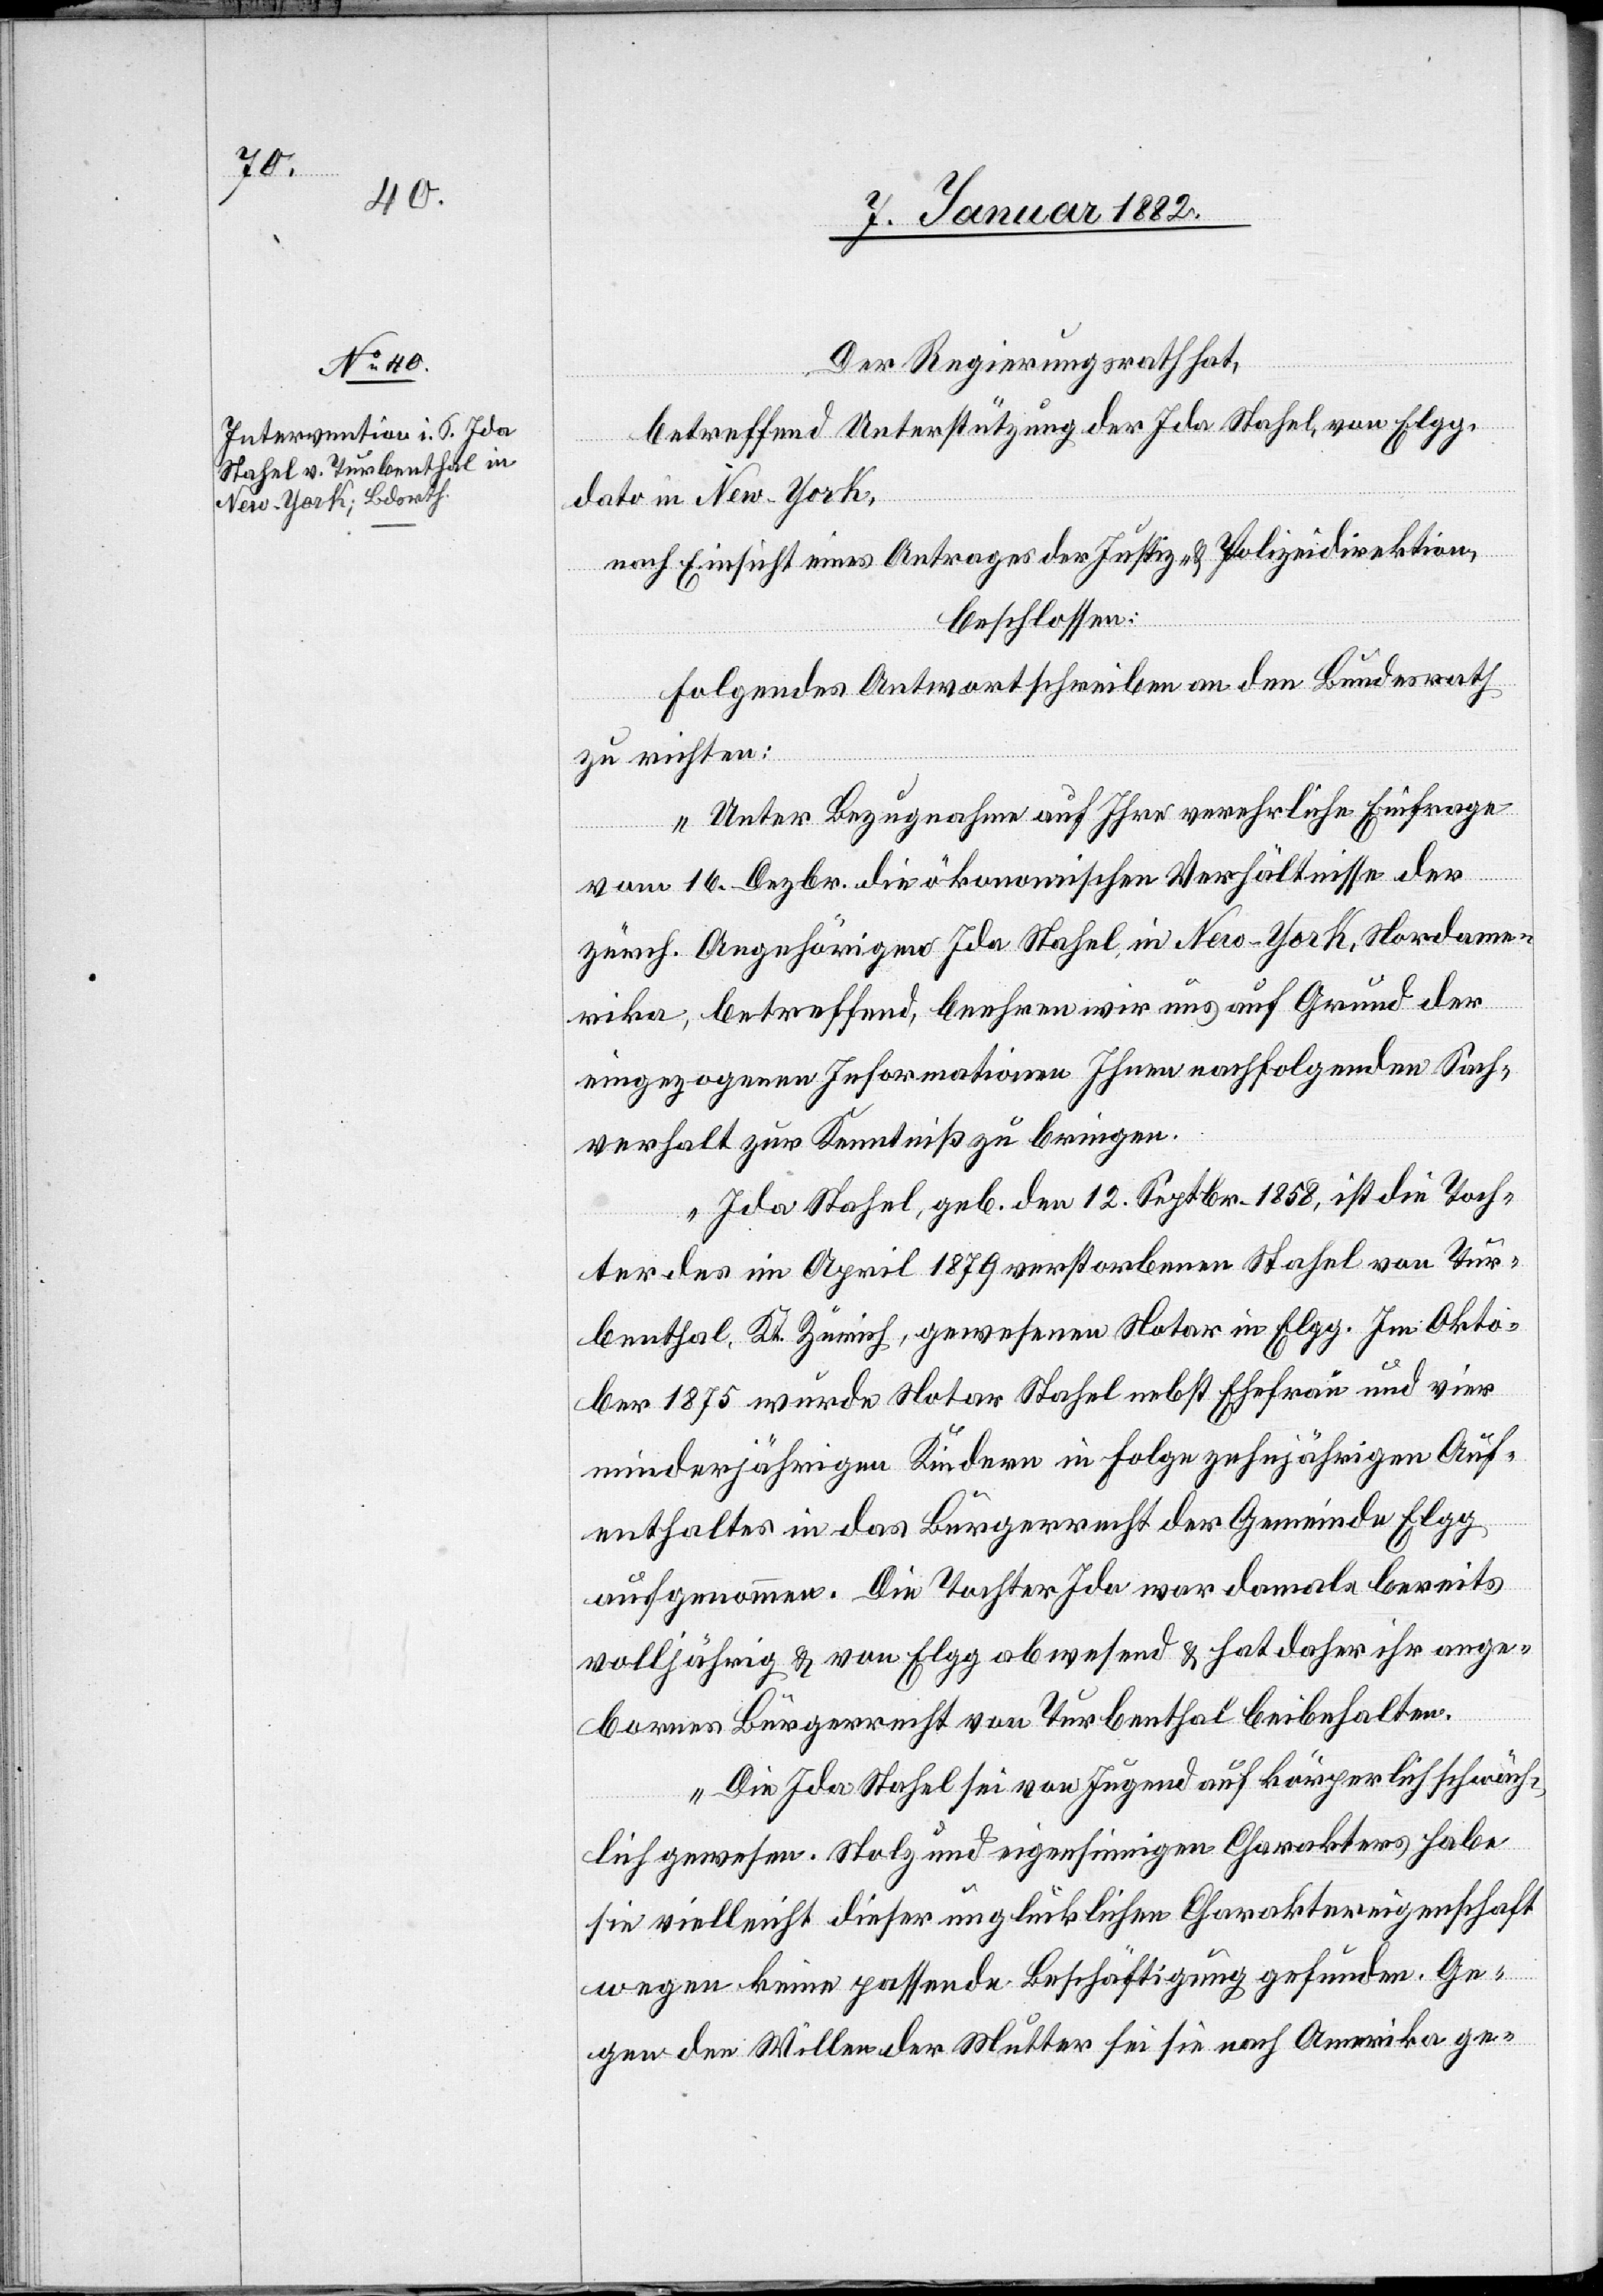
10. Januar 1882.]
Der Regierungsrath hat,
betreffend Unterstützung der Ida Stahel, von Elgg,
dato in New-York,
nach Einsicht eines Antrages der Justiz- & Polizeidirektion,
beschlossen:
Folgendes Antwortschreiben an den Bundesrath
zu richten:
„Unter Bezugnahme auf Ihre verehrliche Einfrage
vom 16. Dezbr. die ökonomischen Verhältnisse der
zürch. Angehörigen Ida Stahel in New-York, Nordame¬
rika, betreffend, beehren wir uns auf Grund der
eigezogenen Informationen Ihnen nachfolgenden Sach¬
verhalt zur Kenntniß zu bringen.
Ida Stahel, geb. den 12. Septbr. 1858, ist die Toch¬
ter des im April 1879 verstorbenen Stahel von Tur¬
benthal, Kt. Zürich, gewesenen Notar in Elgg. Im Okto¬
ber 1875 wurde Notar Stahel nebst Ehefrau und vier
minderjährigen Kindern in Folge zehnjährigen Auf¬
enthaltes in das Bürgerrecht der Gemeinde Elgg
aufgenommen. Die Tochter Ida war damals bereits
volljährig & von Elgg abwesend & hat daher ihr ange¬
bornes Bürgerrecht von Turbenthal beibehalten.
Die Ida Stahel sei von Jugend auf körperlich schwäch¬
lich gewesen. Stolz und eigensinnigen Charakters habe
sie vielleicht dieser unglücklichen Charaktereigenschaft
wegen keine passende Beschäftigung gefunden. Ge¬
gen den Willen der Mutter sei sie nach Amerika ge-